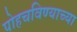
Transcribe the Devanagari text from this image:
पोहचविण्याच्या